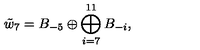
\tilde { w } _ { 7 } = B _ { - 5 } \oplus \bigoplus _ { i = 7 } ^ { 1 1 } B _ { - i } ,